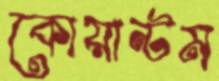
কোয়ান্টম